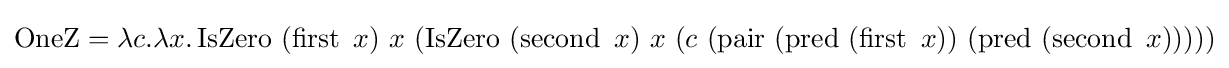
\operatorname {OneZ} =\lambda c.\lambda x.\operatorname {IsZero} \ (\operatorname {first} \ x)\ x\ (\operatorname {IsZero} \ (\operatorname {second} \ x)\ x\ (c\ (\operatorname {pair} \ (\operatorname {pred} \ (\operatorname {first} \ x))\ (\operatorname {pred} \ (\operatorname {second} \ x)))))